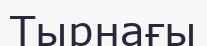
Тырнағы